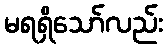
မရရှိသော်လည်း